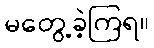
မတွေ့ခဲ့ကြရ။